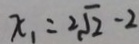
x _ { 1 } = 2 \sqrt { 2 } - 2